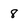
Character: 8